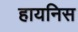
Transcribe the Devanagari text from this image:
हायनिस